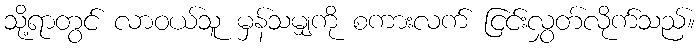
သို့ရာတွင် လာဝယ်သူ မှန်သမျှကို စကားလက် ငြင်းလွှတ်လိုက်သည်။